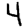
Digit: 4